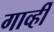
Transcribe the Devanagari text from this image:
गार्व्ही